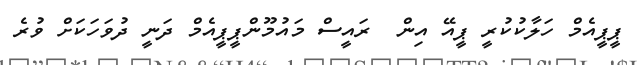
ޕީޕީއެމް ހަލާކުކުރީ ޕީއޭ އިން  ރައީސް މައުމޫންޕީޕީއެމް ދަނީ ދުވަހަކަށް ވުރެ